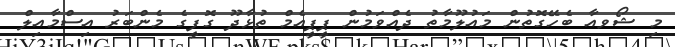
މި ޝޯވއާ ބެހޭގޮތުން މައުލޫމާތު ދެއްވަމުން ޕީޕީއެމް ތުޅާދޫ ގޮފީގެ މެންބަރު އިސްމާއިލް